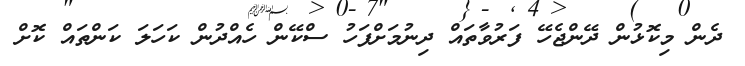
ދެން މިކޮޅުން ދޭންޖެހޭ ފަރުވާތައް ދިނުމަށްފަހު ސްކޭން ހެއްދުން ކަހަލަ ކަންތައް ކޮށް